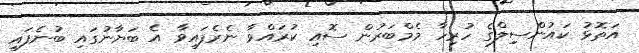
އަތޮޅު ކައުންސިިލްގެ ހުރިހާ މެމްބަރުން ސޮއި ކުރައްވާ ނެރެފައިވާ އެ ބަޔާނުގައި ބުނެފައި